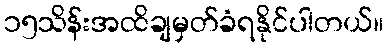
၁၅သိန်းအထိချမှတ်ခံရနိုင်ပါတယ်။